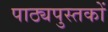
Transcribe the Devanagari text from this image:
पाठ्यपुस्‍तकों